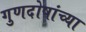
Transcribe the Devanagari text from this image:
गुणदोषांच्या